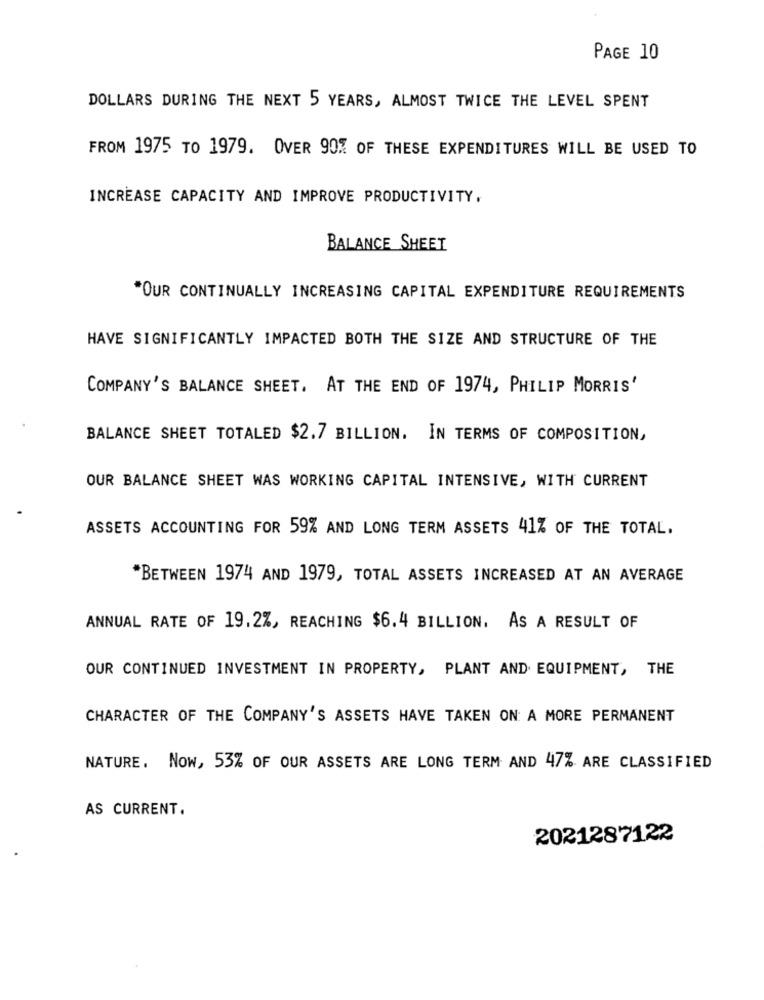
PAGE 10
DOLLARS DURING THE NEXT 5 YEARS, ALMOST TWICE THE LEVEL SPENT
FROM 1975 TO 1979. OVER 90% OF THESE EXPENDITURES WILL BE USED TO
INCREASE CAPACITY AND IMPROVE PRODUCTIVITY,
BALANCE SHEET
*OUR CONTINUALLY INCREASING CAPITAL EXPENDITURE REQUIREMENTS
HAVE SIGNIFICANTLY IMPACTED BOTH THE SIZE AND STRUCTURE OF THE
COMPANY'S BALANCE SHEET. AT THE END OF 1974, PHILIP MORRIS'
BALANCE SHEET TOTALED $2.7 BILLION. IN TERMS OF COMPOSITION,
OUR BALANCE SHEET WAS WORKING CAPITAL INTENSIVE, WITH CURRENT
ASSETS ACCOUNTING FOR 59% AND LONG TERM ASSETS 41% OF THE TOTAL.
*BETWEEN 1974 AND 1979, TOTAL ASSETS INCREASED AT AN AVERAGE
ANNUAL RATE OF 19.2%, REACHING $6.4 BILLION. AS A RESULT OF
OUR CONTINUED INVESTMENT IN PROPERTY, PLANT AND EQUIPMENT, THE
CHARACTER OF THE COMPANY'S ASSETS HAVE TAKEN ON: A MORE PERMANENT
NATURE. Now, 53% OF OUR ASSETS ARE LONG TERM AND 47% ARE CLASSIFIED
AS CURRENT.
2021287122